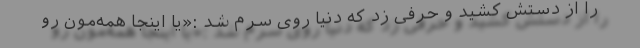
را از دستش کشید و حرفی زد که دنیا روی سرم شد :«یا اینجا همه‌مون رو